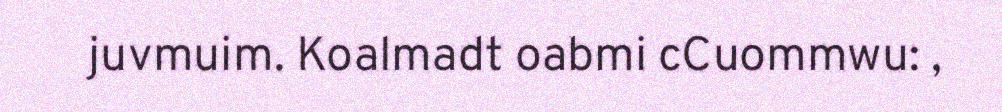
juvmuim. Koalmadt oabmi cCuommwu: ,